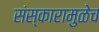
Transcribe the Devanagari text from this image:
संस्कारामुळेच